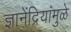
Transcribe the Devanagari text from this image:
ज्ञानेंद्रियांमुळे